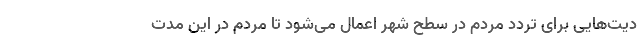
دیت‌هایی برای تردد مردم در سطح شهر اعمال می‌شود تا مردم در این مدت